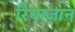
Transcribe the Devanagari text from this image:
रियाज़ान